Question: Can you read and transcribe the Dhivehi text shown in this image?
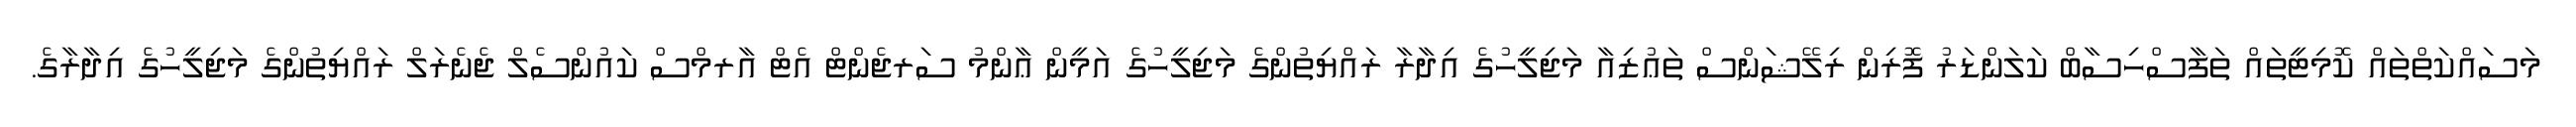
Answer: މަސައްކަތްތައް ކޮމިޓީތައް ތަފާސްހިސާބް ކަލަންޑަރު ފޮރިން ރިލޭޝަންސް ތަޢުޒިއާ މަޖިލީހުގެ އިދާރާ ރައްޔިތުންގެ މަޖިލީހުގެ އަމީން ޢާންމު ސަރޖެންޓް އެޓް އާރމްސް ކައުންސެލް ޖެނެރަލް ރައްޔިތުންގެ މަޖިލީހުގެ އިދާރާގެ.